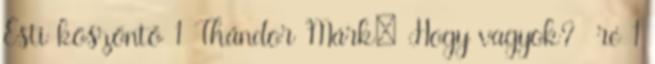
Esti köszöntő 1 Thándor Márk: Hogy vagyok? ré 1